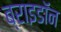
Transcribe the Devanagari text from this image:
ब्राइडॉन